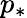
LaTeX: p_{*}